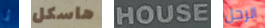
أنا هاسكل HOUSE الرجل